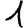
Digit: 1